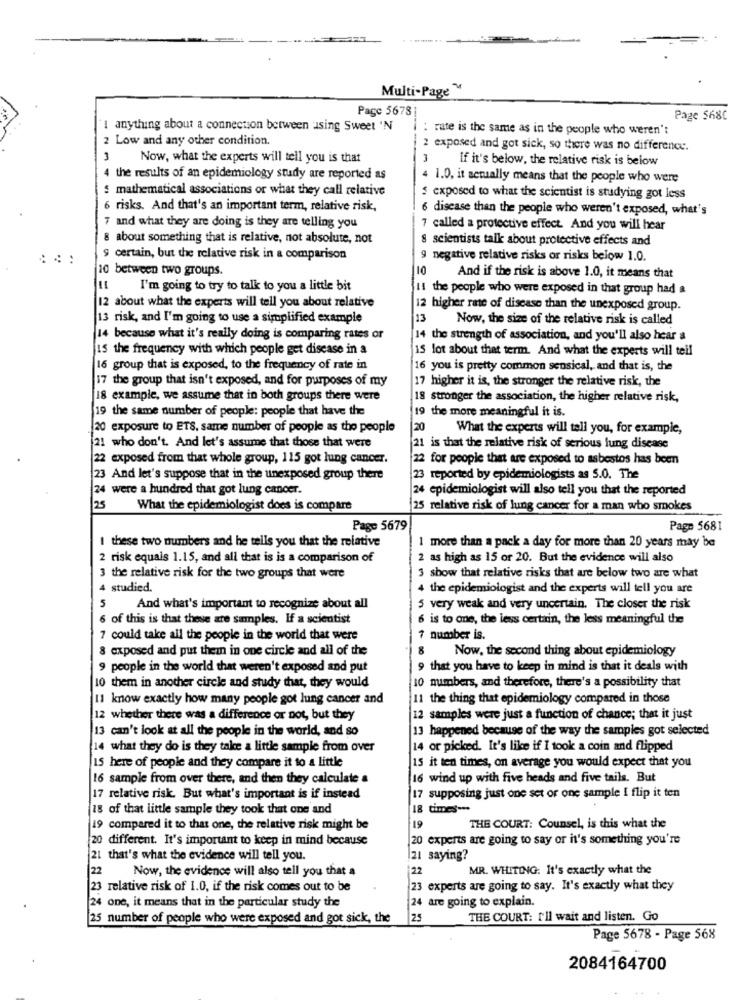
Multi-Page M
Page 56781
Page 568C
I anything about a connection between using Sweet 'N
: rate is the same as in the people who weren't
2 Low and any other condition.
2 exposed and got sick, so there was no difference.
Now, what the experts will tell you is that
If it's below, the relative risk is below
the results of an epidemiology study are reported as
4 1.0, it actually means that the people who were
mathematical associations or what they call relative
$ exposed to what the scientist is studying got less
6 risks. And that's an important term, relative risk,
6 disease than the people who weren't exposed, what's
and what they are doing is they are telling you
7 called a protective effect. And you will hear
8 about something that is relative, not absolute, not
8 scientists talk about protective effects and
certain, but the relative risk in a comparison
negative relative risks or risks below 1.0.
a
10 between two groups.
10
And if the risk is above 1.0, it means that
I'm going to try to talk to you a little bit
11 the people who were exposed in that group had a
12 about what the experts will tell you about relative
12 higher rate of disease than the unexposed group.
13 risk, and I'm going to use a simplified example
13
Now, the size of the relative risk is called
14 because what it's really doing is comparing rates or
14 the strength of association, and you'll also hear a
15 the frequency with which people get disease in a
15 lot about that term. And what the experts will tell
16 group that is exposed, to the frequency of rate in
16 you is pretty common sensical, and that is, the
17 the group that isn't exposed, and for purposes of my
17 higher it is, the stronger the relative risk, the
18 example, we assume that in both groups there were
18 stronger the association, the higher relative risk,
19 the same number of people: people that have the
19 the more meaningful it is.
20 exposure to ETS, same number of people as the people
20
What the experts will tell you, for example,
21 who don't. And let's assume that those that were
21 is that the relative risk of serious lung disease
22 exposed from that whole group, 115 got lung cancer.
22 for people that are exposed to asbestos has been
23 And let's suppose that in the unexposed group there
23 reported by epidemiologists as 5.0. The
24 were a hundred that got lung cancer.
24 epidemiologist will also tell you that the reported
25
What the epidemiologist does is compare
25 relative risk of lung cancer for a man who smokes
Page 5679
Page 5681
I these two numbers and he tells you that the relative
1 more than a pack a day for more than 20 years may be
2 risk equais 1.15, and all that is is a comparison of
2 as high as 15 or 20. But the evidence will also
3 the relative risk for the two groups that were
3 show that relative risks that are below two are what
4 studied.
4 the epidemiologist and the experts will tell you are
5
And what's important to recognize about all
5 very weak and very uncertain. The closer the risk
6 of this is that these are samples. If a scientist
6 is to one, the less certain, the less meaningful the
7 could take all the people in the world that were
7 number is.
8 exposed and put them in one circle and all of the
Now, the second thing about epidemiology
9 people in the world that weren't exposed and put
9 that you have to keep in mind is that it deals with
10 them in another circle and study that, they would
10 numbers, and therefore, there's a possibility that
11 know exactly how many people got lung cancer and
11 the thing that epidemiology compared in those
12 whether there was a difference or not, but they
12 samples were just a function of chance; that it just
13 can't look at all the people in the world, and so
13 happened because of the way the samples got selected
14 what they do is they take a little sample from over
14 or picked. It's like if I took a coin and flipped
15 it ten times, on average you would expect that you
IS here of people and they compare it to a little
16 sample from over there, and then they calculate a
16 wind up with five heads and five tails. But
17 relative risk. But what's important is if instead
17 supposing just one set or one sample I flip it ten
18 of that little sample they took that one and
18 times -**
19 compared it to that one, the relative risk might be
19
THE COURT: Counsel, is this what the
20 different. It's important to keep in mind because
20 experts are going to say or it's something you're
21 that's what the evidence will tell you.
21 saying?
22
22
MR. WHITING: It's exactly what the
Now, the evidence will also tell you that a
23 relative risk of 1.0, if the risk comes out to be
23 experts are going to say. It's exactly what they
24 are going to explain.
24 one, it means that in the particular study the
25 number of people who were exposed and got sick, the
25
THE COURT: I'll wait and listen. Go
Page 5678 - Page 568
2084164700